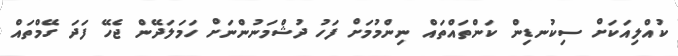
ކުއްލިއަކަށް ސިކުނޑިން ކަންތައްތައް ނިންމުމަށް ފަހު ދުޝްމަނުންނަށް ހަމަލަދޭން ޖެހޭ ފަދަ ގޭމްތައް